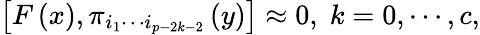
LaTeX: \left[F\left(x\right),\pi_{i_{1}\cdots i_{p-2k-2}}\left(y\right)\right]\approx 0,\; k=0,\cdots,c,